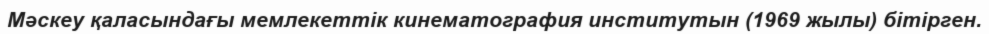
Мәскеу қаласындағы мемлекеттік кинематография институтын (1969 жылы) бітірген.